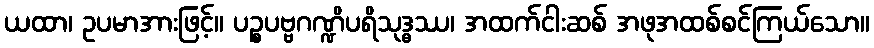
ယထာ၊ ဥပမာအားဖြင့်။ ပဉ္စပဗ္ဗဂဏ္ဍိပရိသုဒ္ဓဿ၊ အထက်ငါးဆစ် အဖုအထစ်စင်ကြယ်သော။